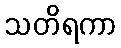
သတိရကာ